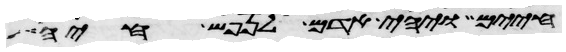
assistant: חיים ויהי אדם לנפש חיה